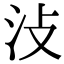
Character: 𣲏